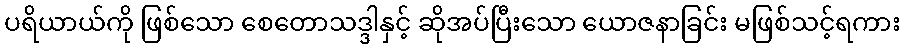
ပရိယာယ်ကို ဖြစ်သော စေတောသဒ္ဒါနှင့် ဆိုအပ်ပြီးသော ယောဇနာခြင်း မဖြစ်သင့်ရကား